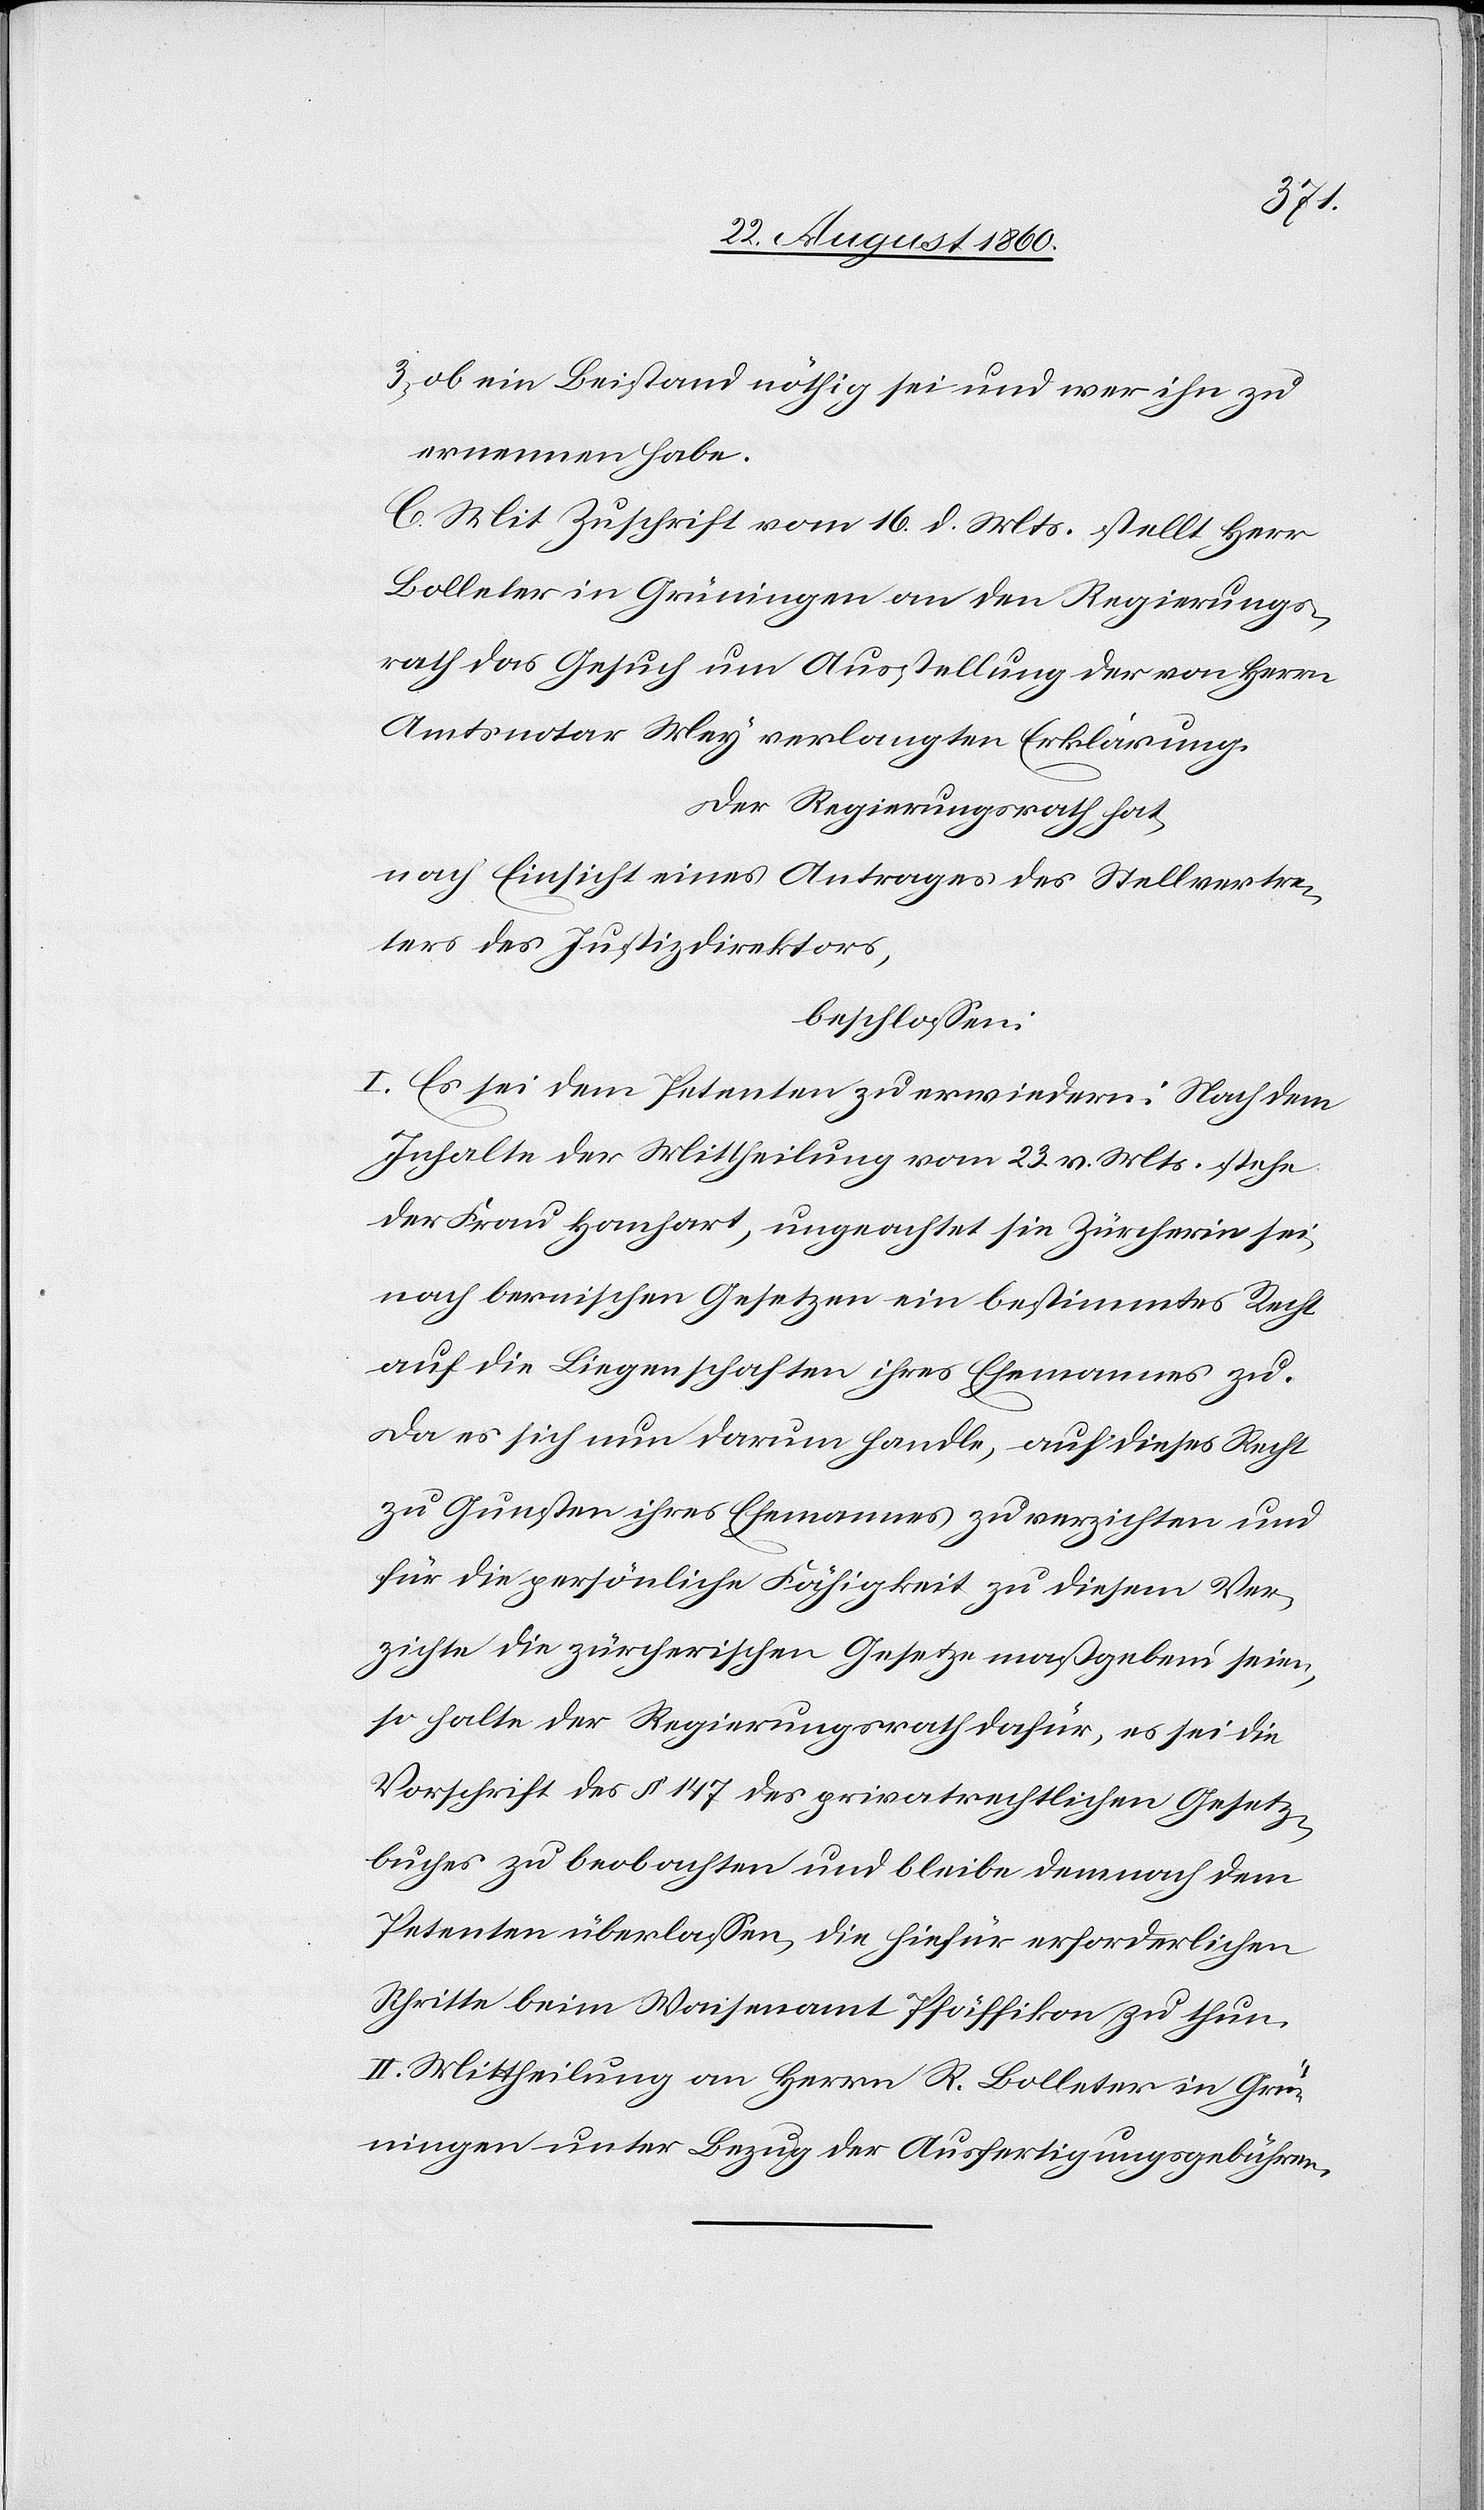
3) ob ein Beistand nöthig sei und wer ihn zu
ernennen habe;
C. Mit Zuschrift vom 16. d. Mts. stellt Herr
Bolleter in Grüningen an den Regierungs¬
rath das Gesuch um Ausstellung der von Herrn
Amtsnotar Mey verlangten Erklärung
der Regierungsrath hat,
nach Einsicht eines Antrages des Stellvertre¬
ters der Justizdirektors;
beschlossen:
I. Es sei dem Petenten zu erwiedern: Nach dem
Inhalte der Mittheilung vom 23. v. Mts. stehe
der Frau Hanhart, ungeachtet sie Zürcherin sei,
nach Bernischen Gesetzen ein bestimmtes Recht
auf die Liegenschaften ihres Ehemannes zu.
Da es sich nun darum handle, auf dieses Recht
zu Gunsten ihres Ehemannes zu verzichten und
für die persönliche Fähigkeit zu diesem Ver¬
zichte die zürcherischen Gesetze massgebend seien,
so halte der Regierungsrath dafür, es sei die
Vorschrift des §. 147 des privatrechtlichen Gesetz¬
buches zu beobachten und bleibe demnach dem
Petenten überlassen, die hiefür erforderlichen
Schritte beim Waisenamt Pfäffikon zu thun.
II. Mittheilung an Hrn. R. Bolleter in Grün¬
ingen unter Bezug der Ausfertigungsgebühren.